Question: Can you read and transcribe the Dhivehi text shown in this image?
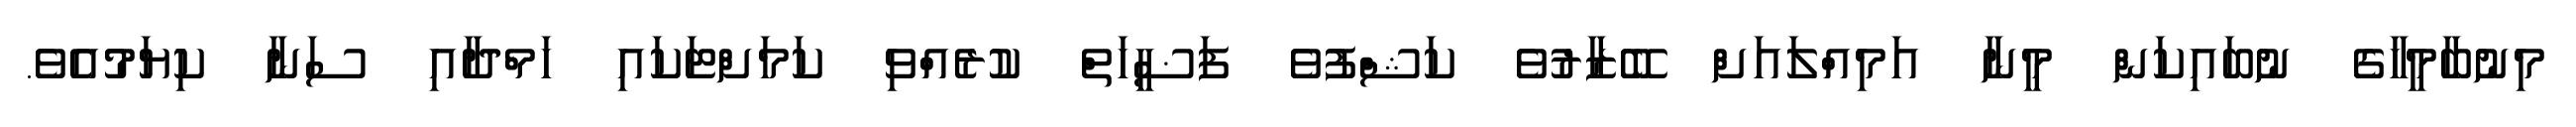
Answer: މިނުބާމީހާގެ ނުބައިކަން މީނާ އަމިއްލައަށް ބޭޒާރުވެ ކަޝްފުވެ ފަޟީހަތް ކުރެއްވި ކަމަށްޓަކައި ހަމްދާއި ސަނާ ކިޔަމުއެވެ.